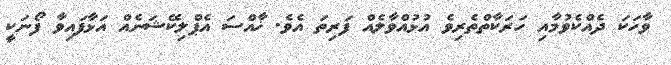
ވާހަކަ ދެއްކެވުމާއި ހަރަކާތްތެރިވެ އުޅުއްވާލެއް ފަރިތަ އެވެ. ޚާއްސަ އެޕްލިކޭޝަނެއް އަޅާފައިވާ ފޯނަކީ